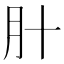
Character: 𬁰